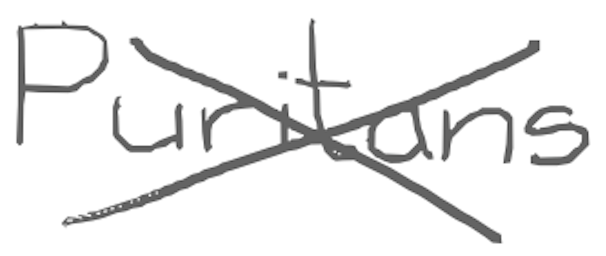
Text: Puritans
Cross-out: cross
Writing tool: digital_gray